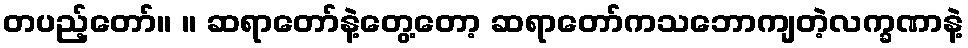
တပည့်တော်။ ။ ဆရာတော်နဲ့တွေ့တော့ ဆရာတော်ကသဘောကျတဲ့လက္ခဏာနဲ့